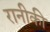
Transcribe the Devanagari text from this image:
रानीकी